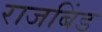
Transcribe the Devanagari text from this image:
राजबिंड